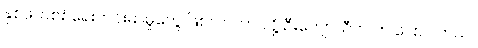
နှစ်ဖက်စစ်ရေးတင်းမာမှုတွေ ဖြစ်လာတာ လို့ ဦးကျော်သီဟ က ပြောပါတယ်။